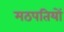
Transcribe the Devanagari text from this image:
मठपतियों